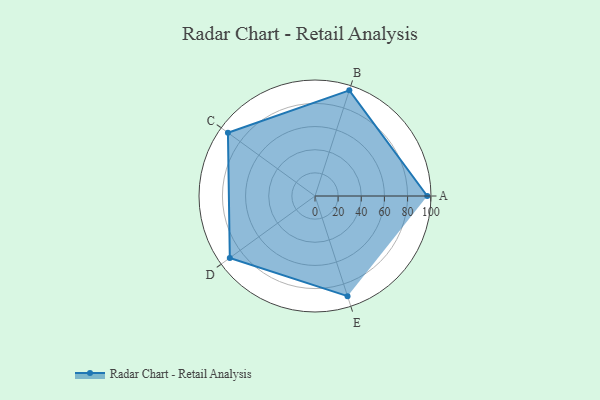
{"axis": {"x": "Skill", "y": "Score"}, "legend": ["Profile"], "data": [{"x": "A", "y": 97.0, "type": "Profile"}, {"x": "B", "y": 96.0, "type": "Profile"}, {"x": "C", "y": 93.0, "type": "Profile"}, {"x": "D", "y": 91.0, "type": "Profile"}, {"x": "E", "y": 91.0, "type": "Profile"}]}